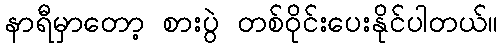
နာရီမှာတော့ စားပွဲ တစ်ဝိုင်းပေးနိုင်ပါတယ်။